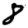
Digit: 8